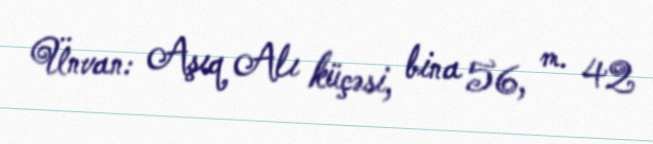
Ünvan: Aşıq Alı küçəsi, bina 56, m. 42